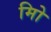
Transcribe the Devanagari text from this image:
मिो